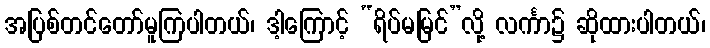
အပြစ်တင်တော်မူကြပါတယ်၊ ဒါ့ကြောင့် “ရိပ်မမြင်”လို့ လင်္ကာ၌ ဆိုထားပါတယ်၊